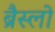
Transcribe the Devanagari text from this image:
ब्रैस्लो